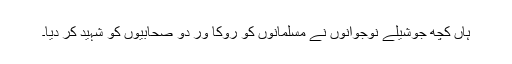
ہاں کچھ جوشیلے نوجوانوں نے مسلمانوں کو روکا ور دو صحابیوں کو شہید کر دیا۔